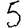
Digit: 5